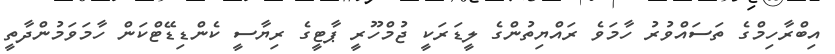
އިބްރާހިމްގެ ތަސައްވުރު ހާމަވެ ރައްޔިތުންގެ ލީޑަރަކީ ޖުމްހޫރީ ޕާޓީގެ ރިޔާސީ ކެންޑިޑޭޓްކަން ހާމަވަމުންދާތީ